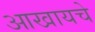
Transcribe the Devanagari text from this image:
आखायचे